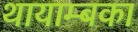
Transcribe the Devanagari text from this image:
थायाम्बका